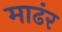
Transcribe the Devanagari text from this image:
माढंर